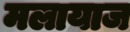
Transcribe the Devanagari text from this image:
मलायाज